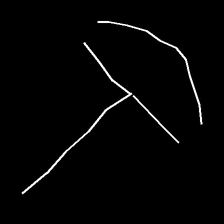
Glyph: dispersion